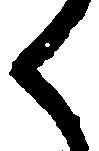
く